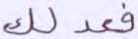
فعدلك